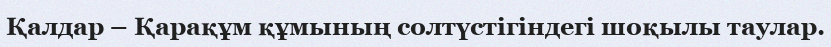
Қалдар – Қарақұм құмының солтүстігіндегі шоқылы таулар.